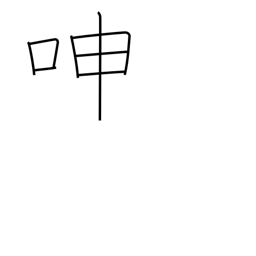
Meaning: groan